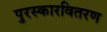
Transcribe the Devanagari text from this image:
पुरस्कारवितरण